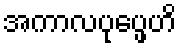
အကာလပုပ္ဖေဟိ